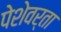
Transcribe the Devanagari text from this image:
पेशेवर्ता